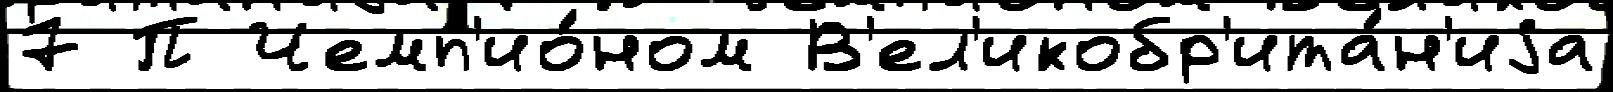
7 П Чемп'ио́ном В'ел'икобр'ита́н'иjа